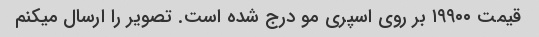
قیمت ۱۹۹۰۰ بر روی اسپری مو درج شده است. تصویر را ارسال میکنم